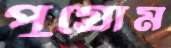
পুগ্রোম